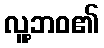
လူ့ဘဝ၏